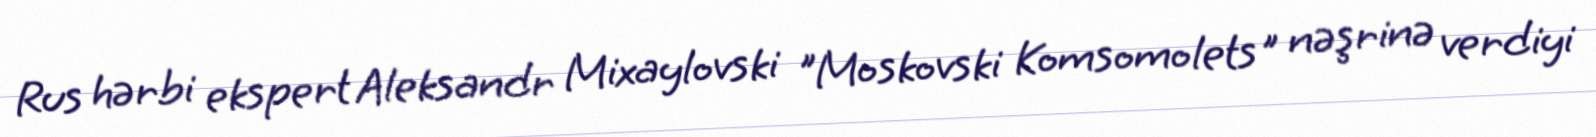
Rus hərbi ekspert Aleksandr Mixaylovski "Moskovski Komsomolets" nəşrinə verdiyi